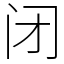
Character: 闭